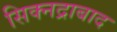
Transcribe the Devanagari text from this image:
सिक्नद्राबाद